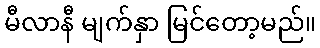
မီလာနီ မျက်နှာ မြင်တော့မည်။